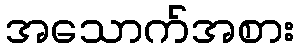
အသောက်အစား